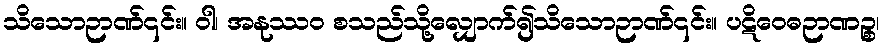
သိသောဉာဏ်၎င်း။ ဝါ၊ အနုဿဝ စသည်သို့လျှောက်၍သိသောဉာဏ်၎င်း။ ပဋိဝေဓဉာဏဉ္စ၊